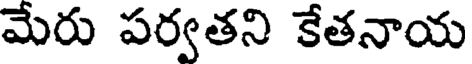
మేరు పర్వతని కేతనాయ